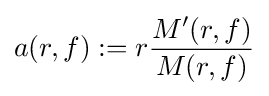
a(r,f):=r{\frac {M'(r,f)}{M(r,f)}}